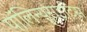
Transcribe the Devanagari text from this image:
पॉलिन्यूराइटिस